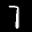
Label: 7